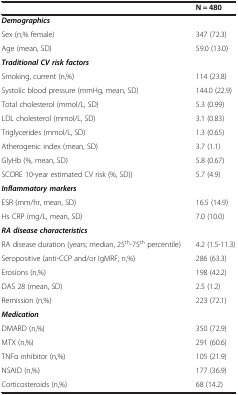
<table><thead><tr><td><b> </b></td><td><b>N = 480</b></td></tr></thead><tbody><tr><td><b><i>Demographics</i></b></td><td> </td></tr><tr><td>Sex (n,% female)</td><td>347 (72.3)</td></tr><tr><td>Age (mean, SD)</td><td>59.0 (13.0)</td></tr><tr><td><b><i>Traditional CV risk factors</i></b></td><td> </td></tr><tr><td>Smoking, current (n,%)</td><td>114 (23.8)</td></tr><tr><td>Systolic blood pressure (mmHg, mean, SD)</td><td>144.0 (22.9)</td></tr><tr><td>Total cholesterol (mmol/L, SD)</td><td>5.3 (0.99)</td></tr><tr><td>LDL cholesterol (mmol/L, SD)</td><td>3.1 (0.83)</td></tr><tr><td>Triglycerides (mmol/L, SD)</td><td>1.3 (0.65)</td></tr><tr><td>Atherogenic index (mean, SD)</td><td>3.7 (1.1)</td></tr><tr><td>GlyHb (%, mean, SD)</td><td>5.8 (0.67)</td></tr><tr><td>SCORE 10-year estimated CV risk (%, SD))</td><td>5.7 (4.9)</td></tr><tr><td><b><i>Inflammatory markers</i></b></td><td> </td></tr><tr><td>ESR (mm/hr, mean, SD)</td><td>16.5 (14.9)</td></tr><tr><td>Hs CRP (mg/L, mean, SD)</td><td>7.0 (10.0)</td></tr><tr><td><b><i>RA disease characteristics</i></b></td><td> </td></tr><tr><td>RA disease duration (years; median, 25<sup>th</sup>-75<sup>th</sup> percentile)</td><td>4.2 (1.5-11.3)</td></tr><tr><td>Seropositive (anti-CCP and/or IgMRF; n,%)</td><td>286 (63.3)</td></tr><tr><td>Erosions (n,%)</td><td>198 (42.2)</td></tr><tr><td>DAS 28 (mean, SD)</td><td>2.5 (1.2)</td></tr><tr><td>Remission (n,%)</td><td>223 (72.1)</td></tr><tr><td><b><i>Medication</i></b></td><td> </td></tr><tr><td>DMARD (n,%)</td><td>350 (72.9)</td></tr><tr><td>MTX (n,%)</td><td>291 (60.6)</td></tr><tr><td>TNFα inhibitor (n,%)</td><td>105 (21.9)</td></tr><tr><td>NSAID (n,%)</td><td>177 (36.9)</td></tr><tr><td>Corticosteroids (n,%)</td><td>68 (14.2)</td></tr></tbody></table>